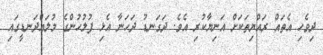
ދިވެހި އެތައް ރައްޔިތަކަށް އަނިޔާކުރި އެވެ. ދަގަނޑު ދަހަނާ އެޅި ފުލުހުންގެ މުލައްދަނޑީގައި